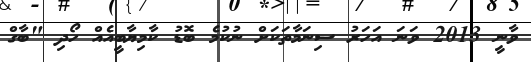
ވާނީ 2013 ވަނަ އަހަރު ސިނަމާތަކަށް ނުކުމެ ބޮޑު ކާމިޔާބީއެއް ހޯދި "ބާގް